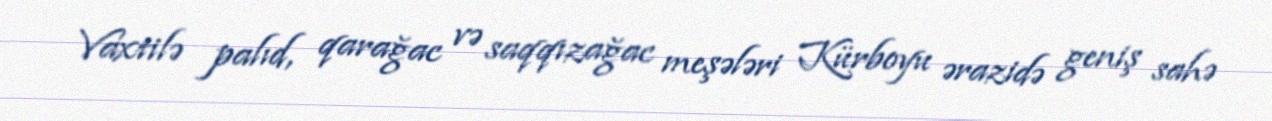
Vaxtilə palıd, qarağac və saqqızağac meşələri Kürboyu ərazidə geniş sahə